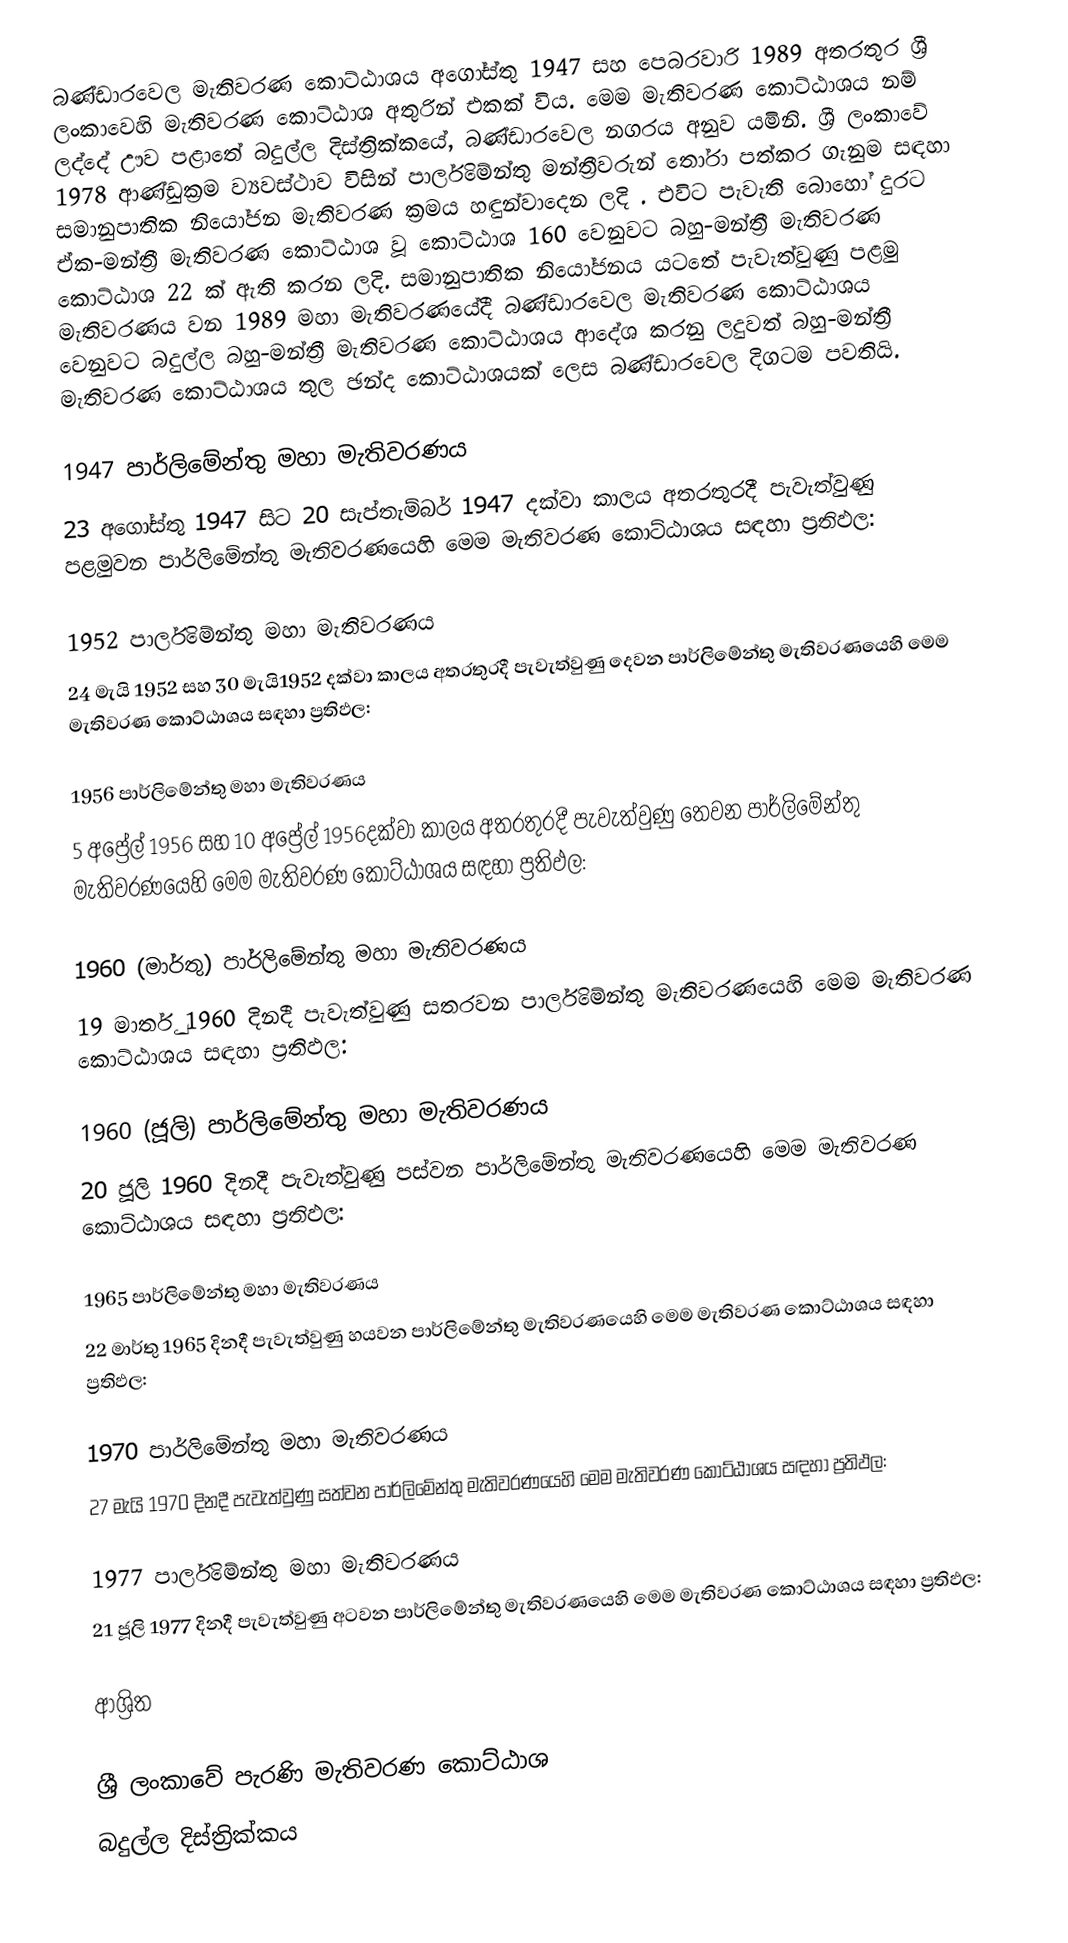
බණ්ඩාරවෙල මැතිවරණ කොට්ඨාශය  අගෝස්තු 1947 සහ පෙබරවාරි 1989 අතරතුර  ශ්‍රී ලංකාවෙහි  මැතිවරණ කොට්ඨාශ අතුරින් එකක් විය. මෙම මැතිවරණ කොට්ඨාශය නම් ලද්දේ  ඌව පළාතේ  බදුල්ල  දිස්ත්‍රික්කයේ,  බණ්ඩාරවෙල නගරය අනුව යමිනි. ශ්‍රී ලංකාවේ 1978 ආණ්ඩුක්‍රම ව්‍යවස්ථාව විසින්   පාර්ලිමේන්තු මන්ත්‍රීවරුන් තෝරා පත්කර ගැනුම සඳහා සමානුපාතික නියෝජන මැතිවරණ ක්‍රමය හඳුන්වාදෙන ලදි . එවිට පැවැති බොහෝ දුරට  ඒක-මන්ත්‍රී මැතිවරණ කොට්ඨාශ වූ කොට්ඨාශ 160 වෙනුවට බහු-මන්ත්‍රී මැතිවරණ කොට්ඨාශ 22 ක් ඇති කරන ලදි. සමානුපාතික නියෝජනය යටතේ පැවැත්වුණු  පළමු මැතිවරණය වන 1989 මහා මැතිවරණයේදී  බණ්ඩාරවෙල මැතිවරණ කොට්ඨාශය වෙනුවට  බදුල්ල බහු-මන්ත්‍රී මැතිවරණ කොට්ඨාශය  ආදේශ කරනු ලදුවත් බහු-මන්ත්‍රී මැතිවරණ කොට්ඨාශය තුල ඡන්ද කොට්ඨාශයක් ලෙස බණ්ඩාරවෙල දිගටම පවතියි.

1947 පාර්ලිමේන්තු මහා මැතිවරණය
23 අගෝස්තු 1947 සිට 20 සැප්තැම්බර් 1947 දක්වා කාලය අතරතුරදී පැවැත්වුණු   පළමුවන පාර්ලිමේන්තු මැතිවරණයෙහි මෙම මැතිවරණ කොට්ඨාශය සඳහා ප්‍රතිඵල:

1952 පාර්ලිමේන්තු මහා මැතිවරණය
24 මැයි 1952 සහ 30 මැයි1952 දක්වා කාලය අතරතුරදී පැවැත්වුණු   දෙවන පාර්ලිමේන්තු මැතිවරණයෙහි මෙම මැතිවරණ කොට්ඨාශය සඳහා ප්‍රතිඵල:

1956 පාර්ලිමේන්තු මහා මැතිවරණය
5 අප්‍රේල් 1956 සහ 10 අප්‍රේල් 1956දක්වා කාලය අතරතුරදී පැවැත්වුණු   තෙවන පාර්ලිමේන්තු මැතිවරණයෙහි මෙම මැතිවරණ කොට්ඨාශය සඳහා ප්‍රතිඵල:

1960 (මාර්තු) පාර්ලිමේන්තු මහා මැතිවරණය
19 මාර්තු 1960 දිනදී පැවැත්වුණු   සතරවන පාර්ලිමේන්තු මැතිවරණයෙහි මෙම මැතිවරණ කොට්ඨාශය සඳහා ප්‍රතිඵල:

1960 (ජූලි) පාර්ලිමේන්තු මහා මැතිවරණය
20 ජූලි 1960 දිනදී පැවැත්වුණු   පස්වන පාර්ලිමේන්තු මැතිවරණයෙහි මෙම මැතිවරණ කොට්ඨාශය සඳහා ප්‍රතිඵල:

1965 පාර්ලිමේන්තු මහා මැතිවරණය
22 මාර්තු 1965  දිනදී පැවැත්වුණු   හයවන පාර්ලිමේන්තු මැතිවරණයෙහි මෙම මැතිවරණ කොට්ඨාශය සඳහා ප්‍රතිඵල:

1970 පාර්ලිමේන්තු මහා මැතිවරණය
27 මැයි 1970 දිනදී පැවැත්වුණු   සත්වන පාර්ලිමේන්තු මැතිවරණයෙහි මෙම මැතිවරණ කොට්ඨාශය සඳහා ප්‍රතිඵල:

1977 පාර්ලිමේන්තු මහා මැතිවරණය
21 ජූලි 1977 දිනදී පැවැත්වුණු   අටවන පාර්ලිමේන්තු මැතිවරණයෙහි මෙම මැතිවරණ කොට්ඨාශය සඳහා ප්‍රතිඵල:

ආශ්‍රිත

ශ්‍රී ලංකාවේ පැරණි මැතිවරණ කොට්ඨාශ
 බදුල්ල දිස්ත්‍රික්කය